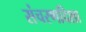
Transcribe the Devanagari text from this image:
संचरणदिशा